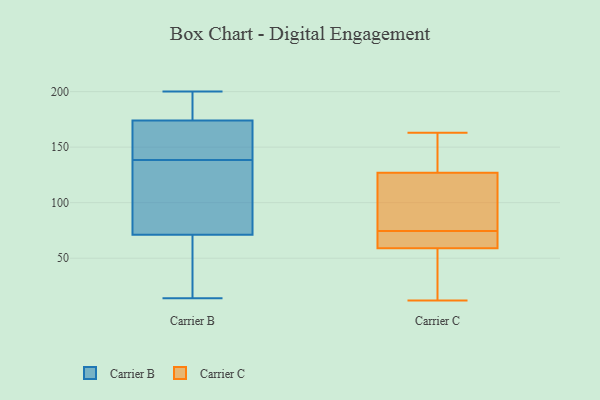
{"axis": {"x": "Satisfaction Score", "y": "Value"}, "legend": ["Carrier B", "Carrier C"], "data": [{"x": "", "y": 135, "type": "Carrier B"}, {"x": "", "y": 159, "type": "Carrier B"}, {"x": "", "y": 42, "type": "Carrier B"}, {"x": "", "y": 142, "type": "Carrier B"}, {"x": "", "y": 54, "type": "Carrier B"}, {"x": "", "y": 86, "type": "Carrier B"}, {"x": "", "y": 188, "type": "Carrier B"}, {"x": "", "y": 176, "type": "Carrier B"}, {"x": "", "y": 155, "type": "Carrier B"}, {"x": "", "y": 89, "type": "Carrier B"}, {"x": "", "y": 14, "type": "Carrier B"}, {"x": "", "y": 174, "type": "Carrier B"}, {"x": "", "y": 195, "type": "Carrier B"}, {"x": "", "y": 127, "type": "Carrier B"}, {"x": "", "y": 71, "type": "Carrier B"}, {"x": "", "y": 200, "type": "Carrier B"}, {"x": "", "y": 21, "type": "Carrier B"}, {"x": "", "y": 156, "type": "Carrier B"}, {"x": "", "y": 83, "type": "Carrier C"}, {"x": "", "y": 12, "type": "Carrier C"}, {"x": "", "y": 127, "type": "Carrier C"}, {"x": "", "y": 59, "type": "Carrier C"}, {"x": "", "y": 71, "type": "Carrier C"}, {"x": "", "y": 78, "type": "Carrier C"}, {"x": "", "y": 46, "type": "Carrier C"}, {"x": "", "y": 163, "type": "Carrier C"}, {"x": "", "y": 62, "type": "Carrier C"}, {"x": "", "y": 132, "type": "Carrier C"}]}